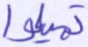
تميلوا